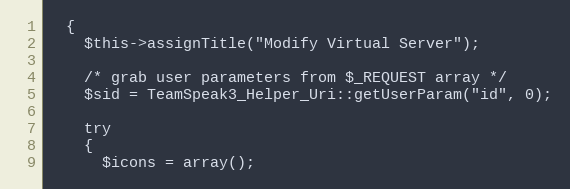
Language: PHP
  {
    $this->assignTitle("Modify Virtual Server");

    /* grab user parameters from $_REQUEST array */
    $sid = TeamSpeak3_Helper_Uri::getUserParam("id", 0);

    try
    {
      $icons = array();